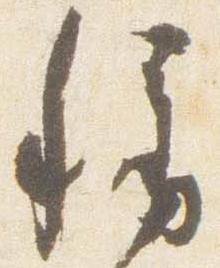
称